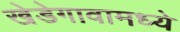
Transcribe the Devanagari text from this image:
खेडेगावामध्ये